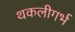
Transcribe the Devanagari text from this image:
थकलीगर्भ